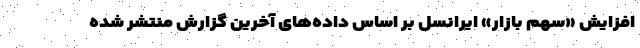
افزایش «سهم بازار» ایرانسل بر اساس داده‌های آخرین گزارش منتشر شده